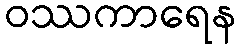
ဝဿကာရေန